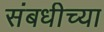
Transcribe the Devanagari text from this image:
संबधीच्या